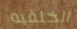
الخلفيه